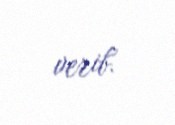
verib.